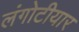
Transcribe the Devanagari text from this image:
लंगोटीयार